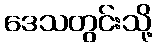
ဒေသတွင်းသို့